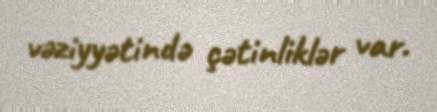
vəziyyətində çətinliklər var.